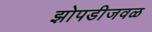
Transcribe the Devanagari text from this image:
झोपडीजवळ